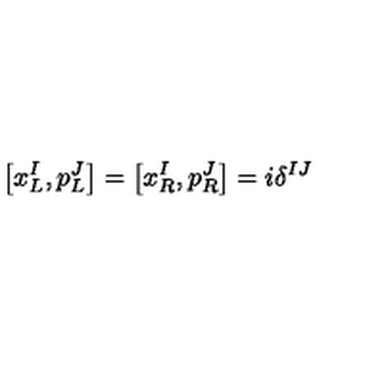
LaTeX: \left[ x _ { L } ^ { I } , p _ { L } ^ { J } \right] = \left[ x _ { R } ^ { I } , p _ { R } ^ { J } \right] = i \delta ^ { I J }